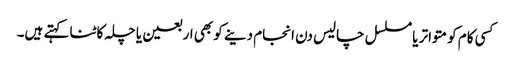
کسی کام کو متواتر یا مسلسل چالیس دن انجام دینے کو بھی اربعین یا چلہ کاٹنا کہتے ہیں۔